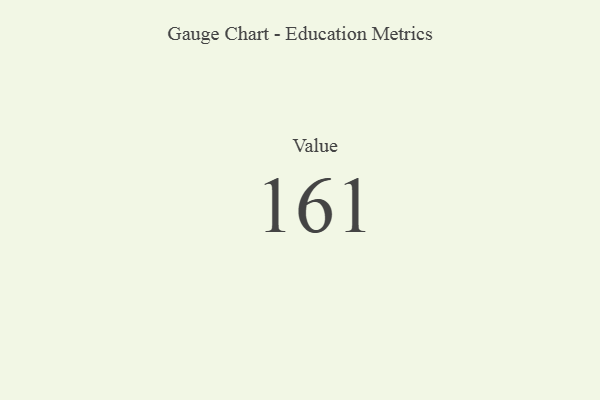
{"axis": {"x": "Metric", "y": "Value"}, "legend": [""], "data": [{"x": "Value", "y": 161, "type": ""}]}